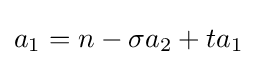
a_{1}=n-\sigma a_{2}+ta_{1}